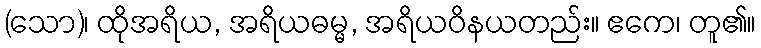
(သော)၊ ထိုအရိယ, အရိယဓမ္မ, အရိယဝိနယတည်း။ ဧကေ၊ တူ၏။